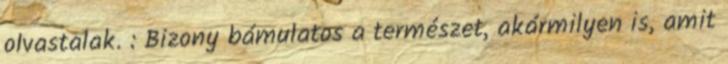
olvastalak. : Bizony bámulatos a természet, akármilyen is, amit